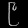
Digit: ၉